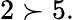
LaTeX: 2\succ 5.